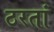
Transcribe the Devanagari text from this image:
ठरतां